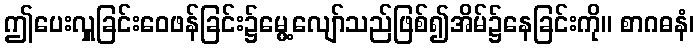
ဤပေးလှူခြင်းဝေဖန်ခြင်း၌မွေ့လျော်သည်ဖြစ်၍အိမ်၌နေခြင်းကို။ စာဂဓနံ၊